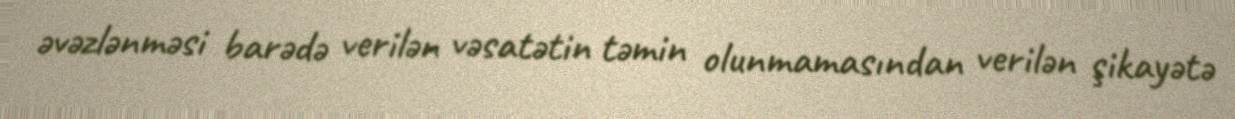
əvəzlənməsi barədə verilən vəsatətin təmin olunmamasından verilən şikayətə